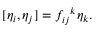
[ \eta _ { i } , \eta _ { j } ] = f _ { i j } ^ { \, \, \, \, k } \eta _ { k } .